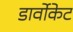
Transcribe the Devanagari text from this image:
डार्वोकेट